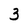
Character: 3